Scottish Leaving Certificate Examination, 1961
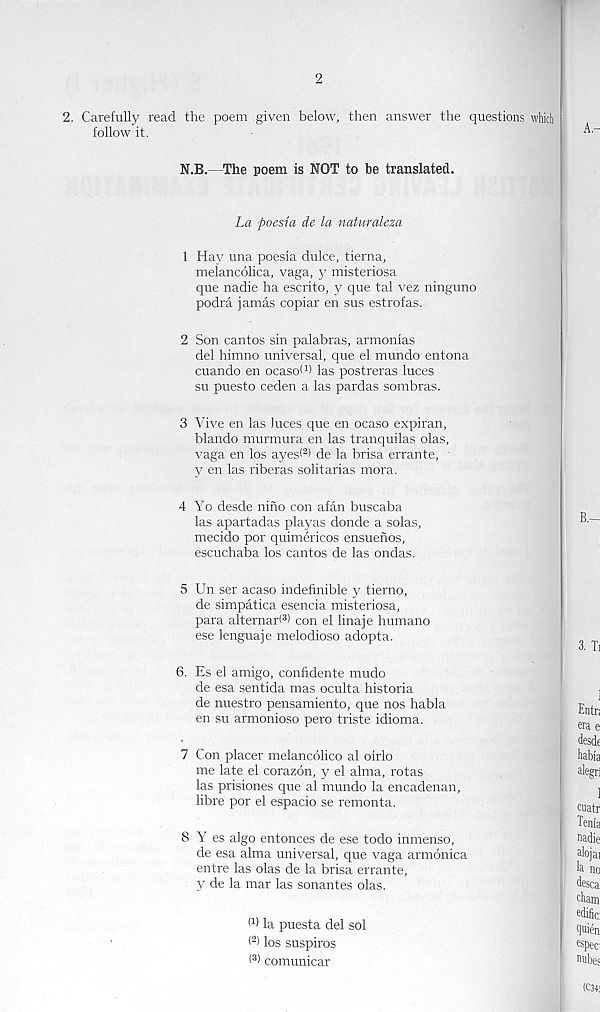
2
2. Carefully read the poem given below,
follow it.
then answer the questions which
N.B.—The poem is NOT to he translated.
La poesi'a de la naturaleza
1 Hay una poesia dulce, tierna,
melancolica, vaga, misteriosa
que nadie ha escrito, y que tal vez ninguno
podra jamas copiar en sus estrofas.
2 Son cantos sin palabras, armonias
del himno universal, que el mundo entona
cuando en ocasoW las postreras luces
su puesto ceden a las pardas sombras.
3 Vive en las luces que en ocaso expiran,
blando murmura en las tranquilas olas,
vaga en los ayes( 2 > de la brisa errante,
y en las riberas solitarias mora.
4 Yo desde nino con afan buscaba
las apartadas playas donde a solas,
mecido por quimericos ensuenos,
escuchaba los cantos de las ondas.
5 Un ser acaso indefinible y tierno,
de simpatica esencia misteriosa,
para alternad 3 ) con el linaje humano
ese lenguaje melodioso adopta.
6. Es el amigo, coniidente mudo
de esa sentida mas oculta historia
de nuestro pensamiento, que nos habla
en su armonioso pero triste idioma.
7 Con placer melancolico al oirlo
me late el corazon, y el alma, rotas
las prisiones que al mundo la encadenan,
libre por el espacio se remonta.
8 Y es algo entonces de ese todo inmenso,
de esa alma universal, que vaga armonica
entre las olas de la brisa errante,
y de la mar las sonantes olas.
W la puesta del sol
(2 ) los suspiros
< 3) comunicar